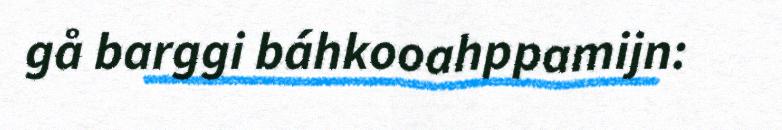
gå barggi báhkooahppamijn: